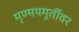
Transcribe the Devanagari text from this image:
मृण्मयमूर्तीवर